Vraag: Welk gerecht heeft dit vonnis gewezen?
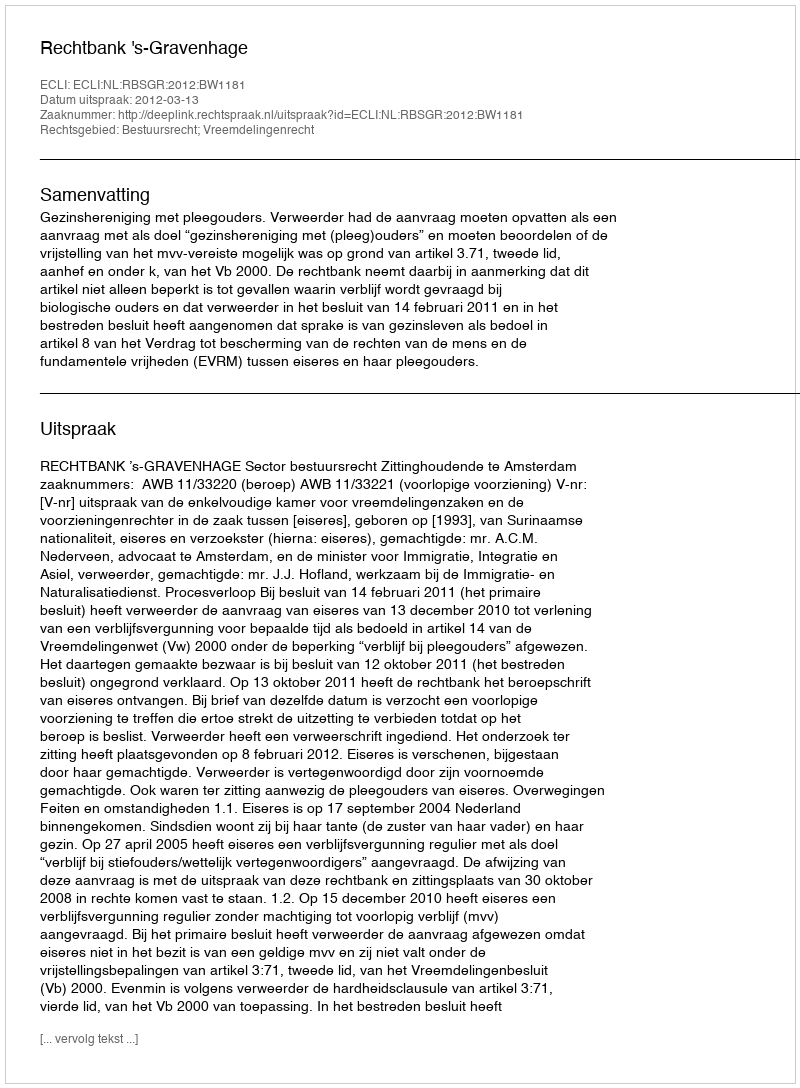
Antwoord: Rechtbank 's-Gravenhage